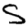
Digit: 5